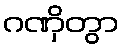
ဂဏှိတွာ